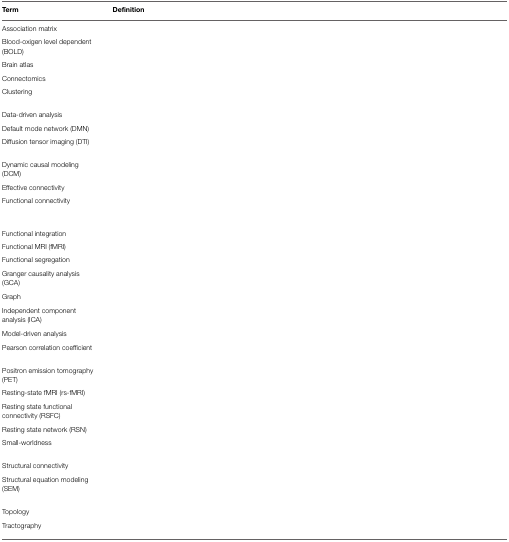
<table><thead><tr><td><b>Term</b></td><td><b>Definition</b></td></tr></thead><tbody><tr><td>Association matrix</td><td>[EMPTY_CELL]</td></tr><tr><td>Blood-oxigen level dependent (BOLD)</td><td>[EMPTY_CELL]</td></tr><tr><td>Brain atlas</td><td>[EMPTY_CELL]</td></tr><tr><td>Connectomics</td><td>[EMPTY_CELL]</td></tr><tr><td>Clustering</td><td>[EMPTY_CELL]</td></tr><tr><td>Data-driven analysis</td><td>[EMPTY_CELL]</td></tr><tr><td>Default mode network (DMN)</td><td>[EMPTY_CELL]</td></tr><tr><td>Diffusion tensor imaging (DTI)</td><td>[EMPTY_CELL]</td></tr><tr><td>Dynamic causal modeling (DCM)</td><td>[EMPTY_CELL]</td></tr><tr><td>Effective connectivity</td><td>[EMPTY_CELL]</td></tr><tr><td>Functional connectivity</td><td>[EMPTY_CELL]</td></tr><tr><td>Functional integration</td><td>[EMPTY_CELL]</td></tr><tr><td>Functional MRI (fMRI)</td><td>[EMPTY_CELL]</td></tr><tr><td>Functional segregation</td><td>[EMPTY_CELL]</td></tr><tr><td>Granger causality analysis (GCA)</td><td>[EMPTY_CELL]</td></tr><tr><td>Graph</td><td>[EMPTY_CELL]</td></tr><tr><td>Independent component analysis (ICA)</td><td>[EMPTY_CELL]</td></tr><tr><td>Model-driven analysis</td><td>[EMPTY_CELL]</td></tr><tr><td>Pearson correlation coefficient</td><td>[EMPTY_CELL]</td></tr><tr><td>Positron emission tomography (PET)</td><td>[EMPTY_CELL]</td></tr><tr><td>Resting-state fMRI (rs-fMRI)</td><td>[EMPTY_CELL]</td></tr><tr><td>Resting state functional connectivity (RSFC)</td><td>[EMPTY_CELL]</td></tr><tr><td>Resting state network (RSN)</td><td>[EMPTY_CELL]</td></tr><tr><td>Small-worldness</td><td>[EMPTY_CELL]</td></tr><tr><td>Structural connectivity</td><td>[EMPTY_CELL]</td></tr><tr><td>Structural equation modeling (SEM)</td><td>[EMPTY_CELL]</td></tr><tr><td>Topology</td><td>[EMPTY_CELL]</td></tr><tr><td>Tractography</td><td>[EMPTY_CELL]</td></tr></tbody></table>